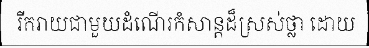
រីករាយជាមួយដំណើរកំសាន្តដ៏ស្រស់ថ្លា ដោយ